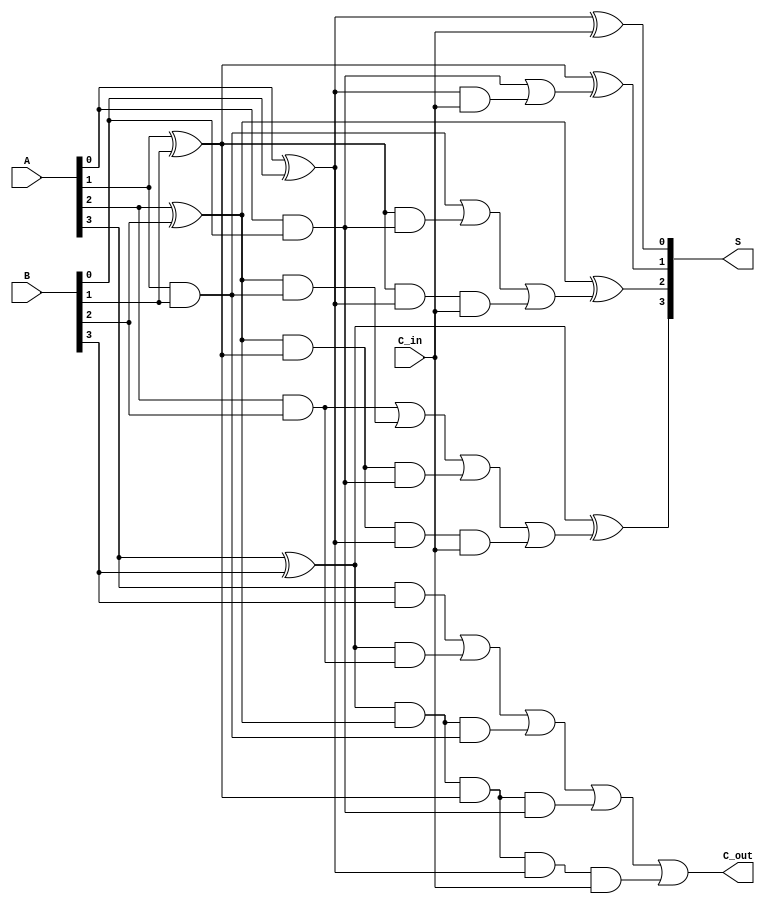
`timescale 1ns / 1ps
//////////////////////////////////////////////////////////////////////////////////
// Company: 
// Engineer: 
// 
// Design Name: 
// Module Name:    Carry_look_ahead_adder_CLA_4bit 
// Project Name: 
// Target Devices: 
// Tool versions: 
// Description: 
//
// Dependencies: 
//
// Revision: 
// Revision 0.01 - File Created
// Additional Comments: 
//
//////////////////////////////////////////////////////////////////////////////////
module Carry_look_ahead_adder_CLA_4bit(
    input [3:0] A,
    input [3:0] B,
    input C_in,
    output [3:0] S,
    output C_out
    );
	 
	 //Level 2 and gate outputs
	 wire [9:0] L2;
	 //carry out of each bit
	 wire [3:1] c;
	 //generate and propogate
	 wire [3:0] g,p;
	 
	 //calculate generate and propogate
	 //Level-1
	 and A0(g[0], A[0], B[0]);
	 and A1(g[1], A[1], B[1]);
	 and A2(g[2], A[2], B[2]);
	 and A3(g[3], A[3], B[3]);
	 xor X0(p[0], A[0], B[0]);
	 xor X1(p[1], A[1], B[1]);
	 xor X2(p[2], A[2], B[2]);
	 xor X3(p[3], A[3], B[3]);
	 
	 //Level-2
	 //c[1]
	 and A4(L2[0], p[0], C_in);
	 //c[2]
	 and A5(L2[1], p[1], g[0]);
	 and A6(L2[2], p[1], p[0], C_in);
	 //c[3]
	 and A7(L2[3], p[2], g[1]);
	 and A8(L2[4], p[2], p[1], g[0]);
	 and A9(L2[5], p[2], p[1], p[0], C_in);
	 //c[4]
	 and A10(L2[6], p[3], g[2]);
	 and A11(L2[7], p[3], p[2], g[1]);
	 and A12(L2[8], p[3], p[2], p[1], g[0]);
	 and A13(L2[9], p[3], p[2], p[1], p[0], C_in);
	 
	 //Level-3
	 //Calculate carrys
	 or O1(c[1], g[0], L2[0]);
	 or O2(c[2], g[1], L2[1], L2[2]);
	 or O3(c[3], g[2], L2[3], L2[4], L2[5]);
	 or O4(C_out, g[3], L2[6], L2[7], L2[8], L2[9]);
	 
	 //Level-4
	 //Calculate sum using carrys above
	 xor X4(S[0], p[0], C_in);
	 xor X5(S[1], p[1], c[1]);
	 xor X6(S[2], p[2], c[2]);
	 xor X7(S[3], p[3], c[3]);


endmodule